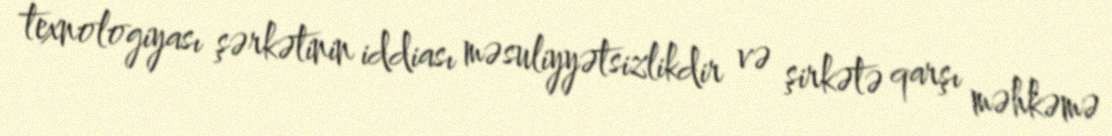
texnologiyası şərkətinin iddiası məsuliyyətsizlikdir və şirkətə qarşı məhkəmə